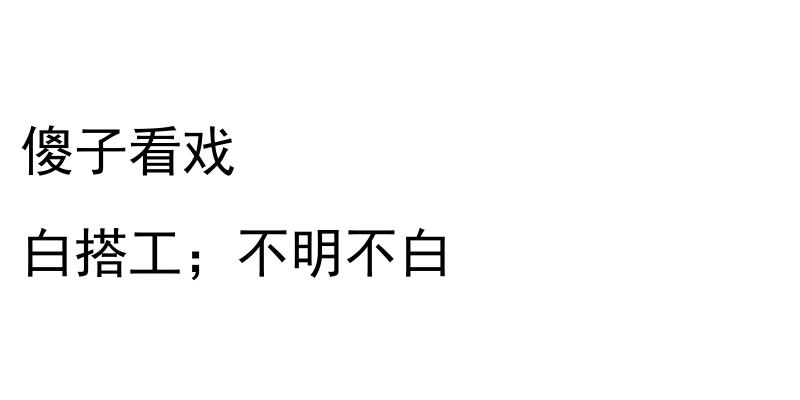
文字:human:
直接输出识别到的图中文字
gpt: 傻子看戏 白搭工；不明不白